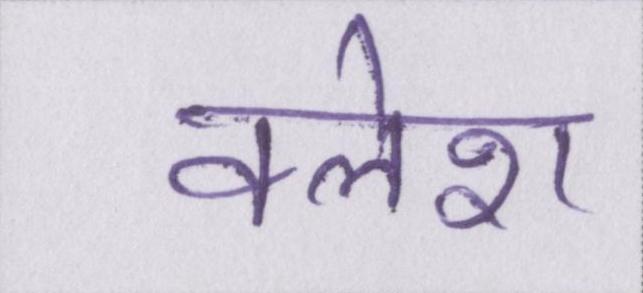
क्लेश